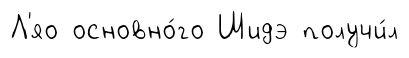
Л'яо основно́го Шидэ получи́л